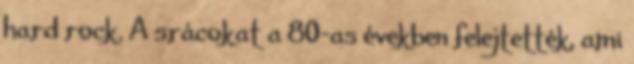
hard rock. A srácokat a 80-as években felejtették, ami